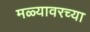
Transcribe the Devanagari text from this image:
मळ्यावरच्या